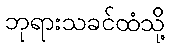
ဘုရားသခင်ထံသို့